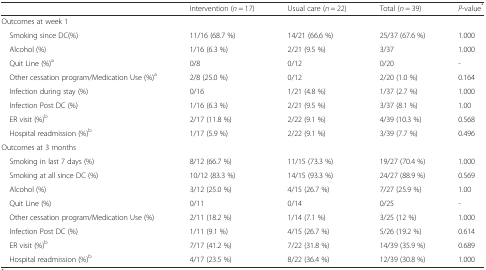
|  | Intervention (n = 17) | Usual care (n = 22) | Total (n = 39) | P-value* |
 | --- | --- | --- | --- | --- |
 | Outcomes at week 1 |  |  |  |  |
 | Smoking since DC(%) | 11/16 (68.7 %) | 14/21 (66.6 %) | 25/37 (67.6 %) | 1.000 |
 | Alcohol (%) | 1/16 (6.3 %) | 2/21 (9.5 %) | 3/37 | 1.000 |
 | Quit Line (%)a | 0/8 | 0/12 | 0/20 | - |
 | Other cessation program/Medication Use (%)a | 2/8 (25.0 %) | 0/12 | 2/20 (1.0 %) | 0.164 |
 | Infection during stay (%) | 0/16 | 1/21 (4.8 %) | 1/37 (2.7 %) | 1.000 |
 | Infection Post DC (%) | 1/16 (6.3 %) | 2/21 (9.5 %) | 3/37 (8.1 %) | 1.00 |
 | ER visit (%)b | 2/17 (11.8 %) | 2/22 (9.1 %) | 4/39 (10.3 %) | 0.568 |
 | Hospital readmission (%)b | 1/17 (5.9 %) | 2/22 (9.1 %) | 3/39 (7.7 %) | 0.496 |
 | Outcomes at 3 months |  |  |  |  |
 | Smoking in last 7 days (%) | 8/12 (66.7 %) | 11/15 (73.3 %) | 19/27 (70.4 %) | 1.000 |
 | Smoking at all since DC (%) | 10/12 (83.3 %) | 14/15 (93.3 %) | 24/27 (88.9 %) | 0.569 |
 | Alcohol (%) | 3/12 (25.0 %) | 4/15 (26.7 %) | 7/27 (25.9 %) | 1.00 |
 | Quit Line (%) | 0/11 | 0/14 | 0/25 | - |
 | Other cessation program/Medication Use (%) | 2/11 (18.2 %) | 1/14 (7.1 %) | 3/25 (12 %) | 1.000 |
 | Infection Post DC (%) | 1/11 (9.1 %) | 4/15 (26.7 %) | 5/26 (19.2 %) | 0.614 |
 | ER visit (%)b | 7/17 (41.2 %) | 7/22 (31.8 %) | 14/39 (35.9 %) | 0.689 |
 | Hospital readmission (%)b | 4/17 (23.5 %) | 8/22 (36.4 %) | 12/39 (30.8 %) | 1.000 |